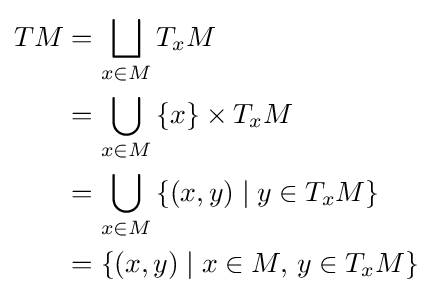
{\begin{aligned}TM&=\bigsqcup _{x\in M}T_{x}M\\&=\bigcup _{x\in M}\left\{x\right\}\times T_{x}M\\&=\bigcup _{x\in M}\left\{(x,y)\mid y\in T_{x}M\right\}\\&=\left\{(x,y)\mid x\in M,\,y\in T_{x}M\right\}\end{aligned}}